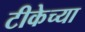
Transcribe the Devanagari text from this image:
टीकेच्या